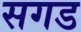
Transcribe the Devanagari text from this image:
सगड